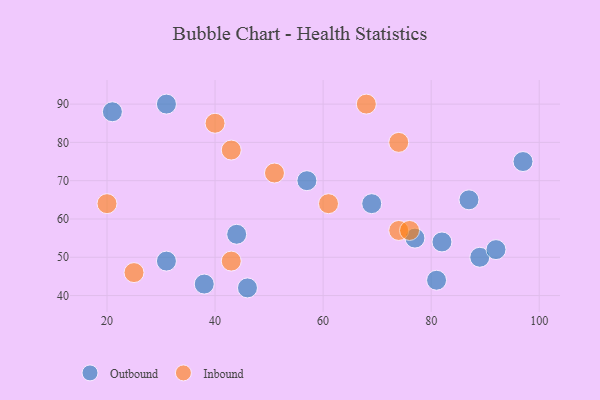
{"axis": {"x": "GDP", "y": "Life Expectancy"}, "legend": ["Inbound", "Outbound"], "data": [{"x": "82", "y": 54, "type": "Outbound"}, {"x": "69", "y": 64, "type": "Outbound"}, {"x": "89", "y": 50, "type": "Outbound"}, {"x": "77", "y": 55, "type": "Outbound"}, {"x": "44", "y": 56, "type": "Outbound"}, {"x": "46", "y": 42, "type": "Outbound"}, {"x": "92", "y": 52, "type": "Outbound"}, {"x": "31", "y": 90, "type": "Outbound"}, {"x": "57", "y": 70, "type": "Outbound"}, {"x": "97", "y": 75, "type": "Outbound"}, {"x": "81", "y": 44, "type": "Outbound"}, {"x": "21", "y": 88, "type": "Outbound"}, {"x": "87", "y": 65, "type": "Outbound"}, {"x": "38", "y": 43, "type": "Outbound"}, {"x": "31", "y": 49, "type": "Outbound"}, {"x": "43", "y": 78, "type": "Inbound"}, {"x": "25", "y": 46, "type": "Inbound"}, {"x": "43", "y": 49, "type": "Inbound"}, {"x": "61", "y": 64, "type": "Inbound"}, {"x": "40", "y": 85, "type": "Inbound"}, {"x": "74", "y": 80, "type": "Inbound"}, {"x": "68", "y": 90, "type": "Inbound"}, {"x": "51", "y": 72, "type": "Inbound"}, {"x": "74", "y": 57, "type": "Inbound"}, {"x": "76", "y": 57, "type": "Inbound"}, {"x": "20", "y": 64, "type": "Inbound"}]}